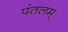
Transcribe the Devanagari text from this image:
पंतलम्